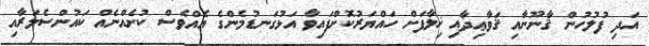
އަދި ފުލުހުން ޤާނޫނާއި ޤަވާޢިދާއި ޚިލާފަށް ހައްޔަރުކޮށްފައިވާ އަޅުގަނޑުމެންގެ އެއްވެސް ކުށެއްނެއް ކައުންސެލަރާއި